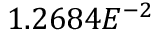
1 . 2 6 8 4 E ^ { - 2 }